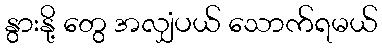
နွားနို့ တွေ အလျှံပယ် သောက်ရမယ်